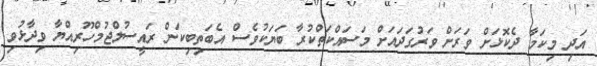
އަދި މިކަމާ ދެކޮޅަށް ވަރަށް ވަރުގަދައަށް މަސައްކަތްކުރާ ބަޔަކުވެސް އެބަތިބިކަން ރައީސުލްޖުމްހޫރިއްޔާ ވިދާޅުވި